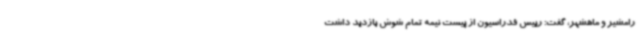
رامشیر و ماهشهر، گفت: رییس فدراسیون از پیست نیمه تمام شوش بازدید داشت